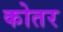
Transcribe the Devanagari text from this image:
कोतर